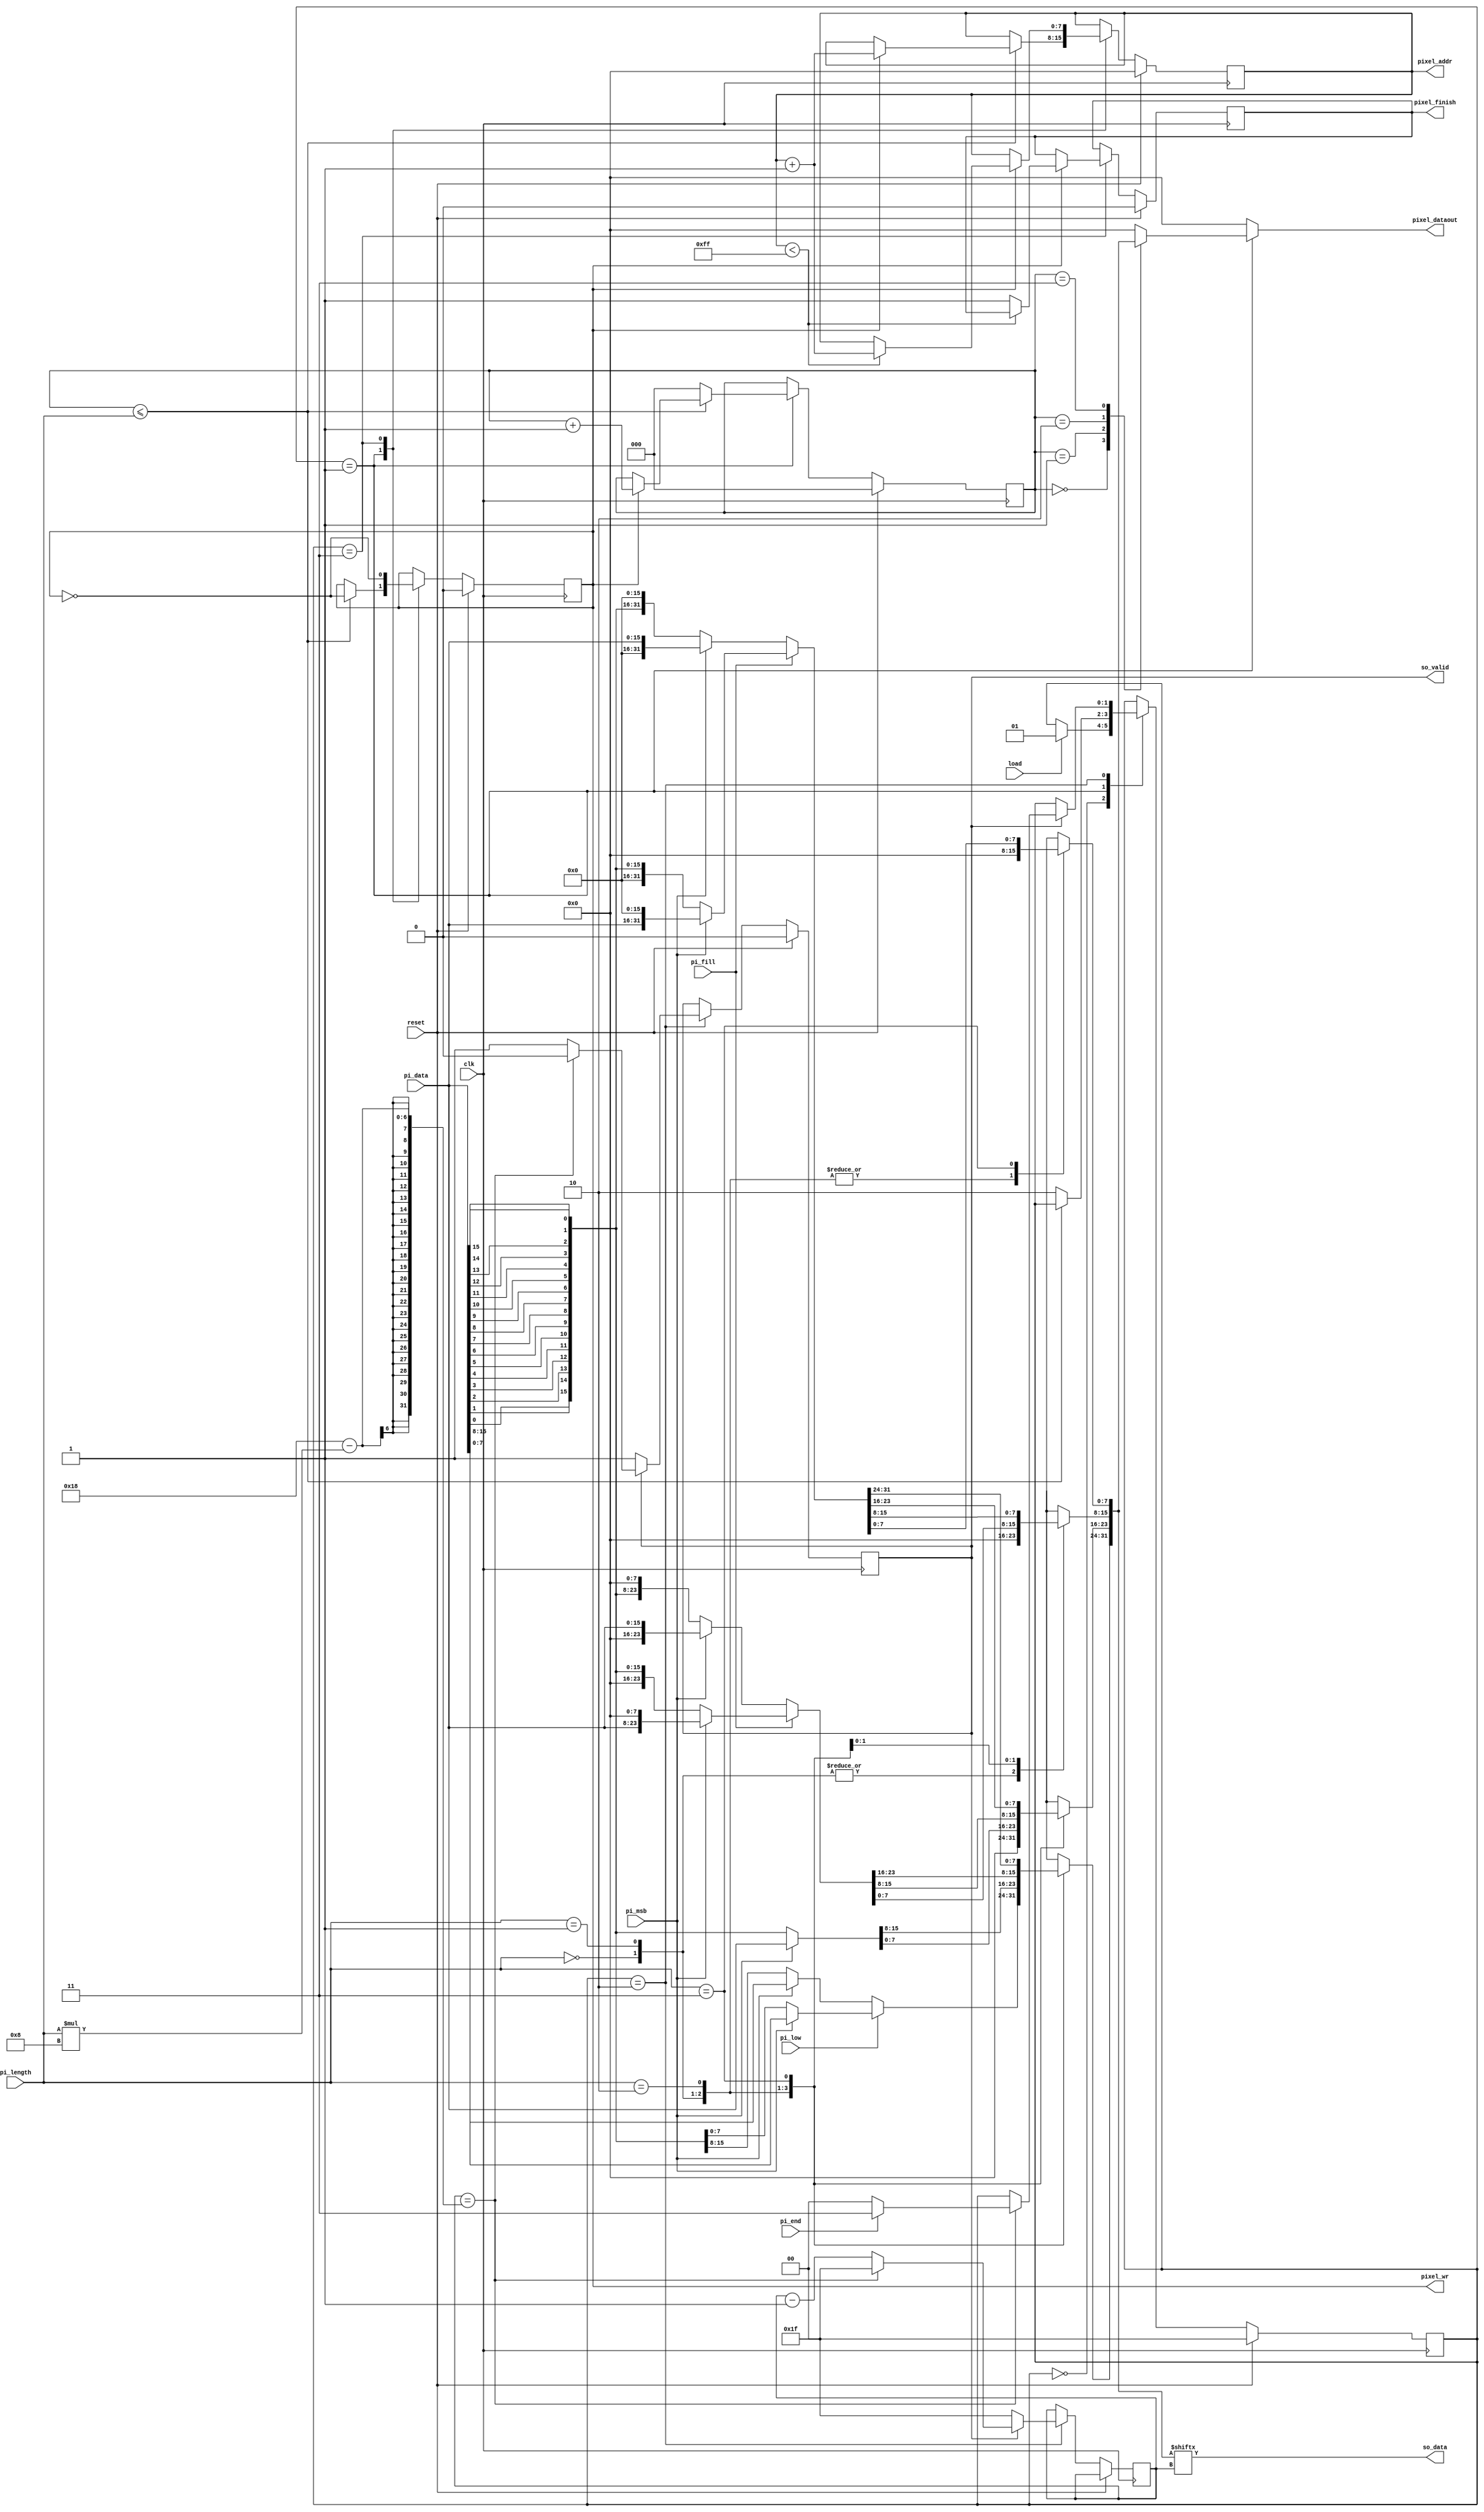
module STI_DAC(clk ,reset, load, pi_data, pi_length, pi_fill, pi_msb, pi_low, pi_end,
	       so_data, so_valid,
	       pixel_finish, pixel_dataout, pixel_addr,
	       pixel_wr);

input		clk, reset;
input		load, pi_msb, pi_low, pi_end; 
input	[15:0]	pi_data;
input	[1:0]	pi_length;
input		pi_fill;
output reg	so_data, so_valid;
output reg pixel_finish, pixel_wr;
output reg [7:0] pixel_addr;
output reg [7:0] pixel_dataout;

reg [4:0]STI_counter; 
reg [2:0]DAC_counter; 
reg [1:0]state;

reg [31:0]output_buffer ;
reg [15:0]reverse_data;
integer i;

always@(*)begin    // output_buffer logic
	for( i = 0; i <= 15 ; i = i + 1)
		reverse_data[15 - i] = pi_data[i];

	output_buffer = 0;
	case(pi_length)
		0 : begin  // 8 bite
			if(pi_low)begin 
				if(pi_msb  == 1)  output_buffer[31:24] = pi_data[15:8];
				else              output_buffer[31:24] = reverse_data[7:0];
			end
			else begin
				if(pi_msb  == 1)  output_buffer[31:24] = pi_data[7:0];
				else		      output_buffer[31:24] = reverse_data[15:8];
			end
			end
		1 : begin // 16 bits  
				if(pi_msb  == 1)  output_buffer[31:16] = pi_data;
				else              output_buffer[31:16] = reverse_data;	                                     
			end
		2 : begin  // 24  bits
			if(pi_fill)begin
				if(pi_msb  == 1)  output_buffer[31:8] = { pi_data , 8'd0 };
				else              output_buffer[31:8] ={ 8'd0  , reverse_data};
			end
			else begin
				if(pi_msb  == 1)  output_buffer[31:8] = { 8'd0 , pi_data };
				else              output_buffer[31:8] = { reverse_data , 8'd0};	
			end
			end
		3 : begin  // 32 bits
			if(pi_fill)begin
				if(pi_msb  == 1)  output_buffer = { pi_data , 16'd0 };
				else              output_buffer = {16'd0  , reverse_data };
			end
			else begin
				if(pi_msb  == 1)  output_buffer = { 16'd0 , pi_data };
				else              output_buffer = {reverse_data , 16'd0};
			end
			end
	endcase 
end

always@(*)begin  // so_data logic
	so_data = output_buffer[STI_counter]; 
end

always@(*)begin  // pixel_dataout logic
    pixel_dataout = 0;
	if(state == 1)begin
		case(DAC_counter)
			0: pixel_dataout = output_buffer[31:24];
			1: pixel_dataout = output_buffer[23:16];
			2: pixel_dataout = output_buffer[15: 8];														
			3: pixel_dataout = output_buffer[ 7: 0];				
		endcase
	end
end


always@(posedge clk)begin  // fsm
	if(reset)begin
        state <= 0;
		DAC_counter <= 0;
		so_valid <= 0;

		pixel_wr <= 0;
		pixel_addr <= 0;
		pixel_finish <= 0;
	end
	else begin
		case(state)
			0:begin
				if(load == 1) 
					state <= 1;
			  end
			1:begin  // output DAC				
				if(DAC_counter <= pi_length) begin
				    pixel_wr <= !pixel_wr;					
					if(pixel_wr == 1)begin
						pixel_addr <= pixel_addr + 1;
						DAC_counter <= DAC_counter + 1;						
					end
				end	
				else begin
					state <= 2;
					DAC_counter <= 0;
				end	
			  end
			2:begin  // output STI
			    STI_counter <= 31;
				if(so_valid == 0)begin
			    	so_valid <= 1;
				end
				else if(STI_counter == 24 - pi_length * 8)begin
					so_valid <= 0;
					if(pi_end)
						state <= 3;
					else
						state <= 0;	
				end
				else begin
					STI_counter <= STI_counter - 1;					
				end
			   end  
			3:begin  // output remain DAC
				pixel_wr <= !pixel_wr;
				if(pixel_wr == 1 )begin
					if(pixel_addr < 255) 	
						pixel_addr <= pixel_addr + 1;
					else	
						pixel_finish <= 1;
				end	
			   end  
		endcase
    end // endcase
end
endmodule // cycle : 20ns  area : 3016.279765